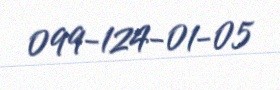
099-124-01-05